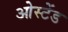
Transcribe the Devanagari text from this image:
ओस्टेंड